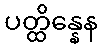
ပတ္ထိန္နေန